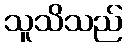
သူသိသည်